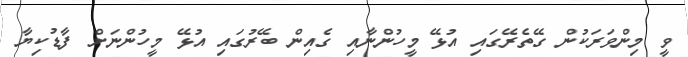
ވީ މިންވަރަކުން ގޭތެރޭގައި އުޅޭ މީހުންނާއި ގެއިން ބޭރުގައި އުޅޭ މީހުންނަށް ފާޑުކިޔާ